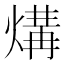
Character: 煹